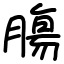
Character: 膓